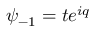
\psi _ { - 1 } = t e ^ { i q }